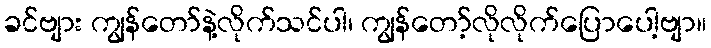
ခင်ဗျား ကျွန်တော်နဲ့လိုက်သင်ပါ၊ ကျွန်တော့်လိုလိုက်ပြောပေါ့ဗျာ။